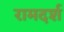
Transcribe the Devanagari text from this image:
रामदर्श